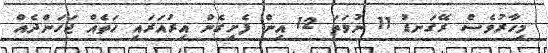
މިހާރުވެސް ރޭގަނޑު 11 ނުވަތަ 12 އިން ފެށިގެން އިރުއަރައި ހަތެއް ޖަހަންދެއް